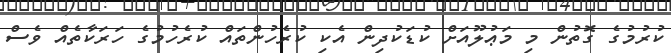
ކުރުމުގެ ގޮތުން މި މަޢުލޫއަށް ކުޑަކުދިން އެކި ކުރެހުންތައް ކުރެހުމުގެ ހަރަކާތެއް ވެސް